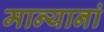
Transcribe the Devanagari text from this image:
मान्यानां